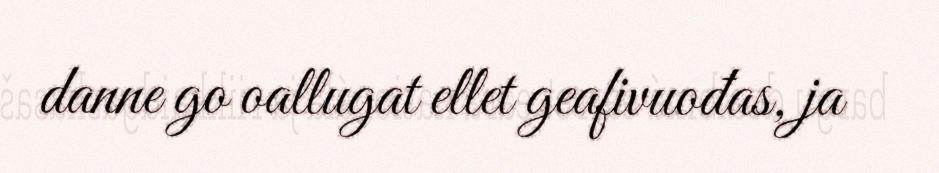
danne go oallugat ellet geafivuođas, ja